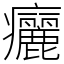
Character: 㿛